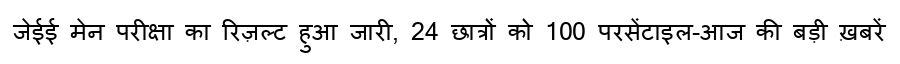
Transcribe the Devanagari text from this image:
जेईई मेन परीक्षा का रिज़ल्ट हुआ जारी, 24 छात्रों को 100 परसेंटाइल-आज की बड़ी ख़बरें